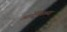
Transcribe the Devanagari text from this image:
आर्टेमिसच्या